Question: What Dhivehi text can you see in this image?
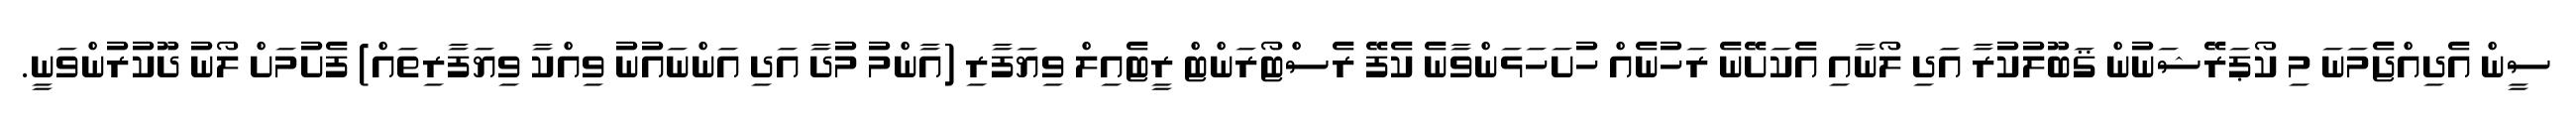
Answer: ސީން އެދިއްޖެމަނަ މި ކޯޕަރޭޝަނުން ޤަބޫލުކުރާ އަދި ލޯނާއި އެކަށޭނެ ރަހުނެއް ހުށަހަޅަންވާނެ ކެފޭ ރެސްޓޯރަންޓް ރީޓެއިލް ވިޔަފާރި (އާންމު މުދާ އަދި އަންނައުނު ވިއްކާ ވިޔަފާރިތައް) ފެށުމަށް ލޯނު ދޫކުރުންވަނީ.